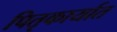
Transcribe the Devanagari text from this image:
पितृकार्यात